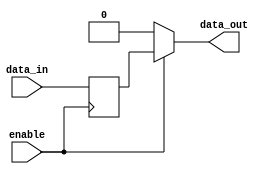
module gated_latch (
    input wire data_in,
    input wire enable,
    output reg data_out
 );

 reg stored_data;

 always @(posedge enable)
 begin
    stored_data <= data_in;
 end

 always @(*)
 begin
    if(enable)
        data_out = stored_data;
    else
        data_out = 1'b0; // retaining previous stored data
 end

 endmodule